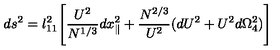
d s ^ { 2 } = l _ { 1 1 } ^ { 2 } \Biggl [ { \frac { U ^ { 2 } } { N ^ { 1 / 3 } } } d x _ { \parallel } ^ { 2 } + \frac { { N } ^ { 2 / 3 } } { U ^ { 2 } } ( d U ^ { 2 } + U ^ { 2 } d \Omega _ { 4 } ^ { 2 } ) \Biggr ]